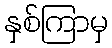
နှစ်ကြာမှ